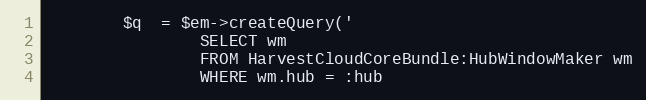
Language: PHP
        $q  = $em->createQuery('
                SELECT wm
                FROM HarvestCloudCoreBundle:HubWindowMaker wm
                WHERE wm.hub = :hub